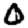
Digit: 0